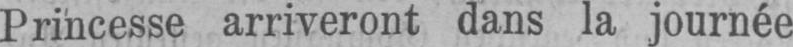
Princesse arriveront dans la journée